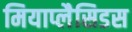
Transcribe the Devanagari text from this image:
मियाप्लैसिडस